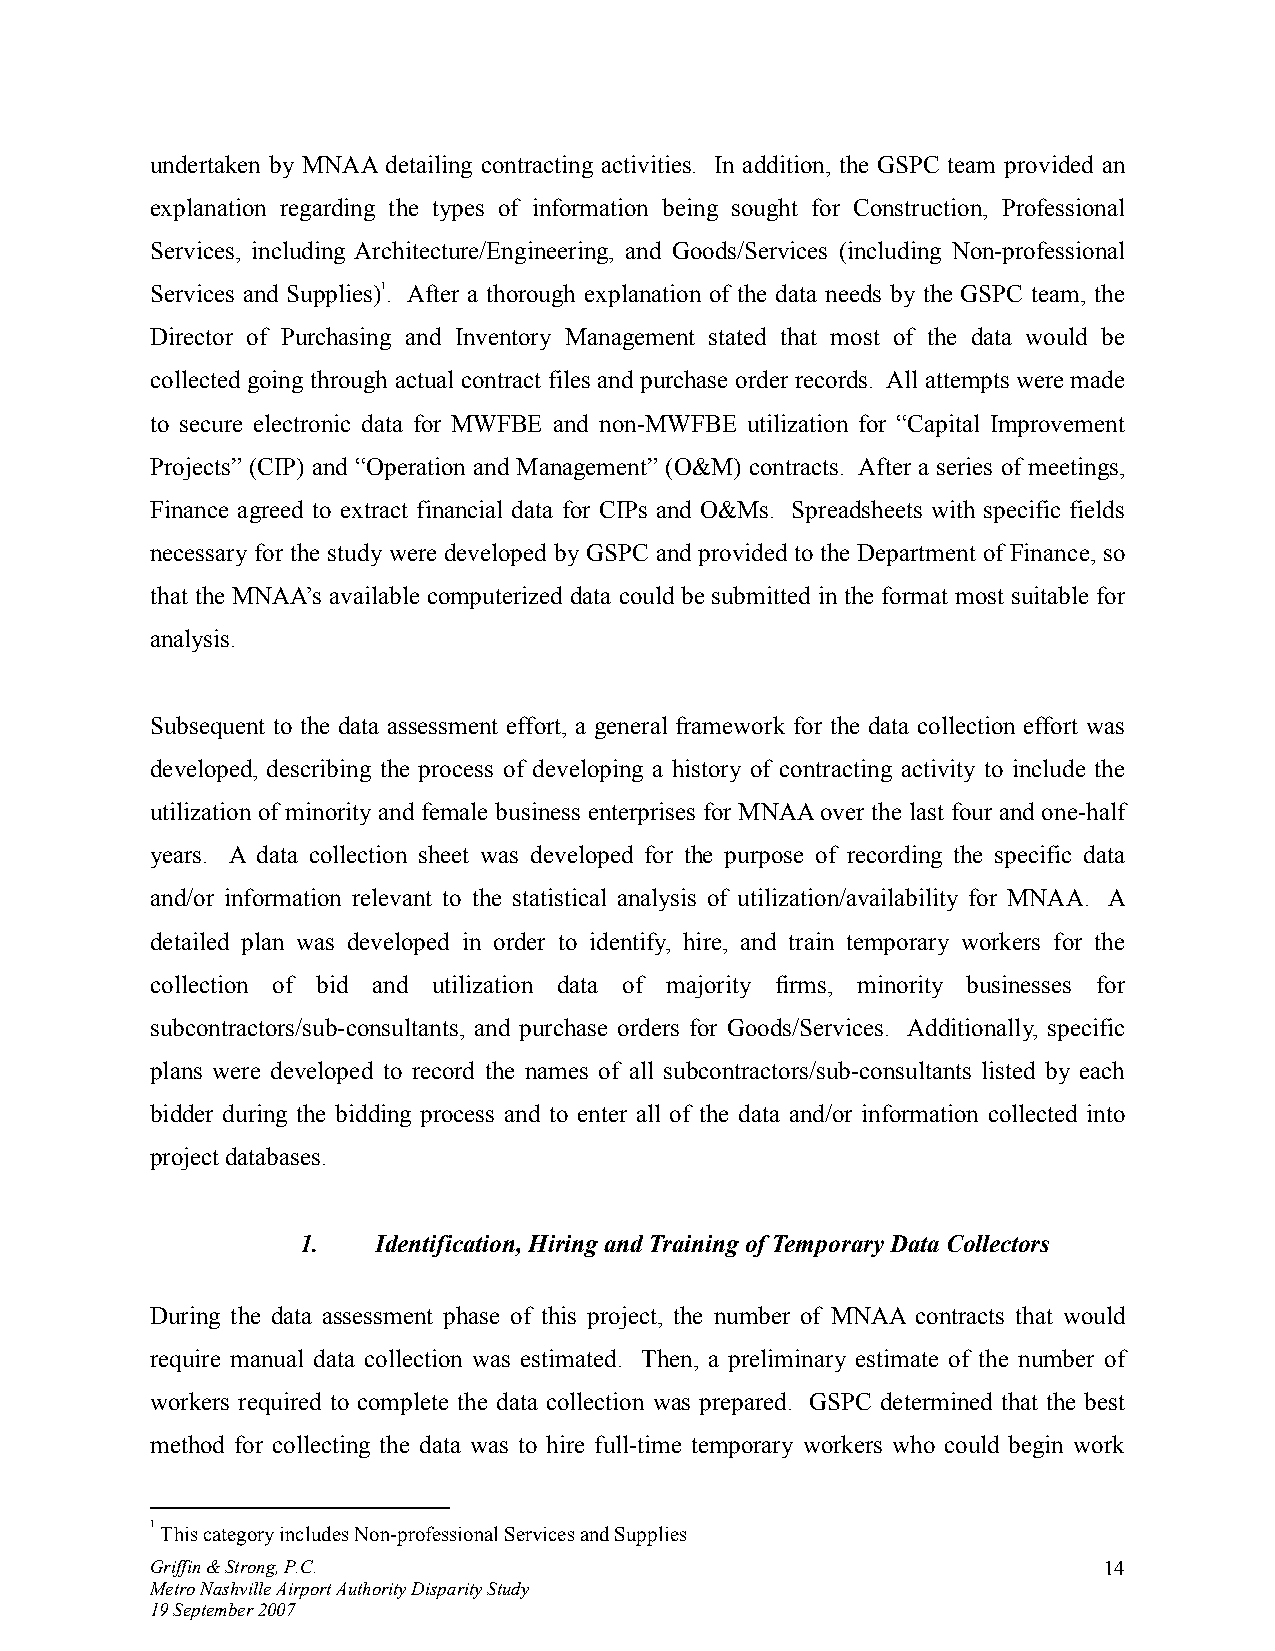
undertaken by MNAA detailing contracting activities. In addition, the GSPC team provided an
 explanation regarding the types of information being sought for Construction, Professional
 Services, including Architecture/Engineering, and Goods/Services (including Non-professional
 Services and Supplies)1. After a thorough explanation of the data needs by the GSPC team, the
 Director of Purchasing and Inventory Management stated that most of the data would be
 collected going through actual contract files and purchase order records. All attempts were made
 to secure electronic data for MWFBE and non-MWFBE utilization for “Capital Improvement
 Projects” (CIP) and “Operation and Management” (O&M) contracts. After a series of meetings,
 Finance agreed to extract financial data for CIPs and O&Ms. Spreadsheets with specific fields
 necessary for the study were developed by GSPC and provided to the Department of Finance, so
 that the MNAA’s available computerized data could be submitted in the format most suitable for
 analysis.
 Subsequent to the data assessment effort, a general framework for the data collection effort was
 developed, describing the process of developing a history of contracting activity to include the
 utilization of minority and female business enterprises for MNAA over the last four and one-half
 years. A data collection sheet was developed for the purpose of recording the specific data
 and/or information relevant to the statistical analysis of utilization/availability for MNAA. A
 detailed plan was developed in order to identify, hire, and train temporary workers for the
 collection of bid and utilization data of majority firms, minority businesses for
 subcontractors/sub-consultants, and purchase orders for Goods/Services. Additionally, specific
 plans were developed to record the names of all subcontractors/sub-consultants listed by each
 bidder during the bidding process and to enter all of the data and/or information collected into
 project databases.
 1.   Identification, Hiring and Training of Temporary Data Collectors
 During the data assessment phase of this project, the number of MNAA contracts that would
 require manual data collection was estimated. Then, a preliminary estimate of the number of
 workers required to complete the data collection was prepared. GSPC determined that the best
 method for collecting the data was to hire full-time temporary workers who could begin work
 1 This category includes Non-professional Services and Supplies
 Griffin & Strong, P.C.                                         14
 Metro Nashville Airport Authority Disparity Study
 19 September 2007